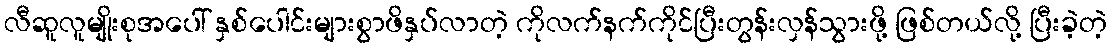
လီဆူလူမျိုးစုအပေါ် နှစ်ပေါင်းများစွာဖိနှပ်လာတဲ့ ကိုလက်နက်ကိုင်ပြီးတွန်းလှန်သွားဖို့ ဖြစ်တယ်လို့ ပြီးခဲ့တဲ့